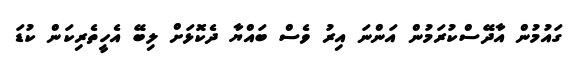
ގައުމުން އާދޭސްކުރަމުން އަންނަ އިރު ވެސް ބައްޔާ ދެކޮޅަށް ލިބޭ އެހީތެރިކަން ކުޑަ